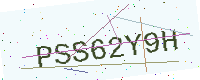
Text: PSS62Y9H